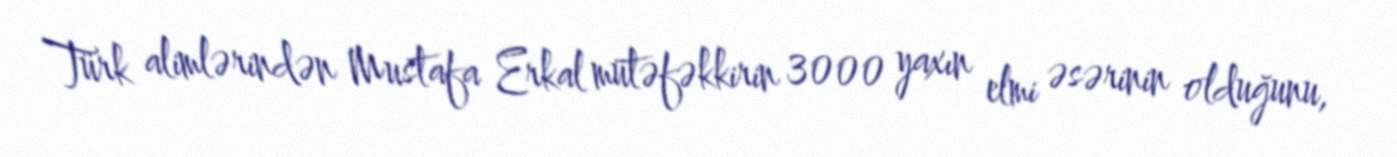
Türk alimlərindən Mustafa Erkal mütəfəkkirin 3000 yaxın elmi əsərinin olduğunu,